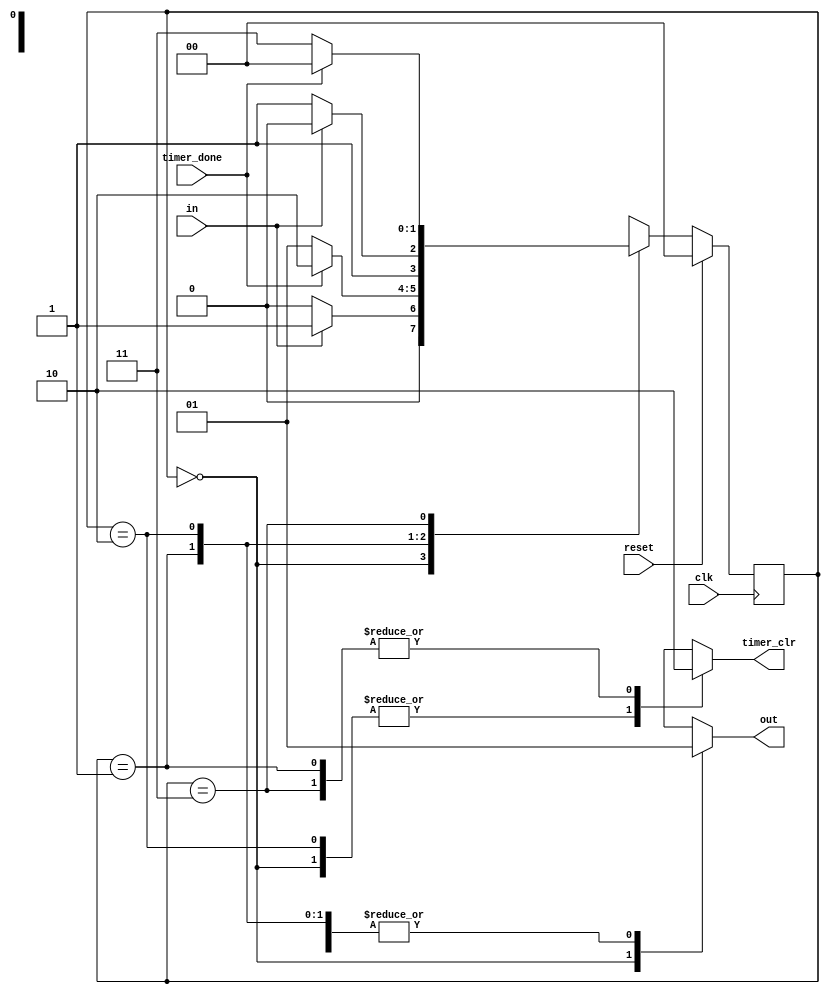
module control_button(in,clk,reset,timer_done,timer_clr,out);
	parameter LOW=0,WAIT_HIGH=1,HIGH=2,WAIT_LOW=3;
	input in,clk,reset,timer_done;
	output reg timer_clr,out;
	reg[1:0] state,nextstate;
	
	always @(posedge clk)
		if(reset) state=LOW;else state=nextstate;
		
	always @(*)
	  begin 
		timer_clr=1;out=0;  // default value
		case(state)
			LOW: 	begin
						if(in) nextstate=WAIT_HIGH;
						else nextstate=LOW;
					end
			WAIT_HIGH: begin 
						 timer_clr=0;out=1;
						 if(timer_done)  nextstate=HIGH;
						 else nextstate=WAIT_HIGH;
					   end
			HIGH:   begin 
					  timer_clr=1;out=1;
				    	if(!in) nextstate=WAIT_LOW;
				      else nextstate=HIGH;
				    end
			WAIT_LOW:  begin 
					     timer_clr=0;out=1;
					     if(timer_done) nextstate=LOW;
				         else nextstate=WAIT_LOW;
					   end
		endcase 
	  end

endmodule